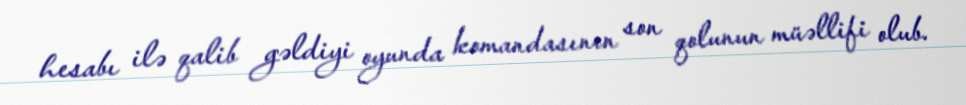
hesabı ilə qalib gəldiyi oyunda komandasının son qolunun müəllifi olub.